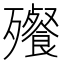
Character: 𬆝